Lunatic asylums Bombay report 1891-1903 - 1891-1903
Year: 1891
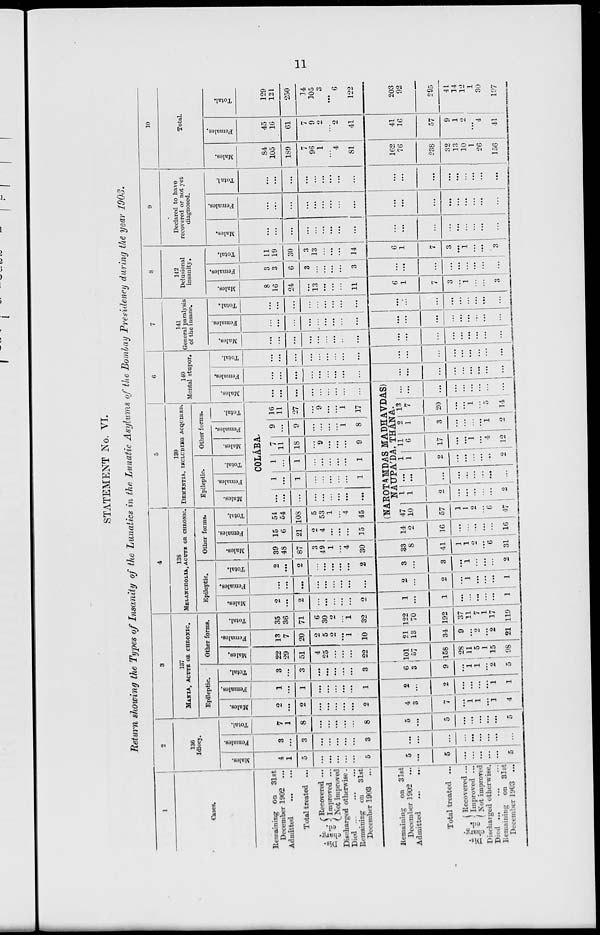
11
STATEMENT No. VI.
Return showing the Types of Insanity of the Lunatics in the Lunatic Asylums of the Bombay Presidency during the year 1903.
1
Cases.
Remaining on 31st
December 1902 ...
Admitted
...
Total treated ...
Dis-
charg-
ed.
Recovered ...
Improved ...
Not improved
Discharged otherwise.
Died
...
...
...
Remaining on 31st
December 1903 ...
Remaining on 31st
December 1902 ...
Admitted
...
...
Total treated ...
Dis-
charg-
ed.
Recovered ...
Improved ...
Not improved
Discharged otherwise.
Died ... ... ...
Remaning on 31st
December 1903 ...
2
136
Idiocy.
Males.
4
1
5
...
...
...
...
...
5
5
...
5
...
...
...
...
...
5
Females.
3
...
3
...
...
...
...
...
3
...
...
...
...
...
...
...
...
Total.
7
1
8
...
...
...
...
...
8
5
...
5
...
...
...
...
...
5
3
137
MANIA, ACUTE OR CHRONIC.
Epileptic.
Males.
2
...
2
...
...
...
...
...
2
4
3
7
...
1 1
...
1
4
Females.
1
...
1
...
...
...
...
...
1
2
...
2
...
...
...
...
1
1
Total.
3
...
3
...
...
...
...
...
3
6
3
9
...
1
1
...
2
5
Other forms.
Males.
22
29
51
4
25
...
...
...
22
101
57
158
28
11
5
1
15
98
Females.
13
7
20
2
5
2
...
1
10
21
13
34
9
...
2
...
2
21
Total.
35
36
71
6
30
2
...
1
32
122
70
192
37
11
7
1
17
119
4
138
MELANCHOLIA, ACUTE OR CHRONIC.
Epileptic.
Males.
2
...
2
...
...
...
...
...
2
1
...
1
...
...
...
...
...
1
Females.
...
...
...
...
...
...
...
...
...
2
...
2
...
1
...
...
...
1
Total.
2
...
2
...
...
...
...
...
2
3
...
3
...
1
...
...
...
2
Other forms.
Males.
39
48
87
3
49
1
...
4
30
33
8
41
1
1
2
...
6
31
Females.
15
6
21
2
4
...
...
...
15
14
2
16
...
...
...
...
...
16
Total.
54
54
108
5
53
1
...
4
45
5
139
DEMENTIA, INCLUDING ACQUIRED.
Epileptic.
Males.
Females.
Total.
Other forms.
Males.
Females.
Total.
COLÁBA.
...
...
...
...
...
...
...
...
...
1
...
1
...
...
...
...
...
1
1
...
1
...
...
...
...
...
1
7
11
18
...
9
...
...
...
9
9
...
9
...
...
...
...
1
8
16
11
27
...
9
...
...
1
17
6
140
Mental stupor.
Males.
...
...
...
...
...
...
...
...
...
(NAROTAMDAS MADHAVDAS)
NAUPA'DA, THÁNA.
47
10
57
1
1
2
...
6
47
1
1
2
...
...
...
...
...
2
...
...
...
...
...
...
...
...
...
1
1
2
...
...
...
...
..
2
11
6
17
...
...
1
...
4
12
2
1
3
...
...
...
...
1
2
13
7
20
...
...
1
...
5
14
...
...
...
...
...
...
...
...
...
Females.
...
...
...
...
...
...
...
...
...
...
...
...
...
...
...
...
...
...
Total.
...
...
...
...
...
...
...
...
...
...
...
...
...
...
...
...
...
...
7
141
General paralysis
of the insane.
Males.
...
...
...
...
...
...
...
...
...
...
...
...
...
...
...
...
...
...
Females.
...
...
...
...
...
...
...
...
...
...
...
...
...
...
...
...
...
...
Total.
...
...
...
...
...
...
...
...
...
...
...
...
...
...
...
...
...
...
8
142
Delusional
insanity.
Males.
8
16
24
...
13
...
...
...
11
6
1
7
3
...
1
...
...
3
Females.
3
3
6
3
...
...
...
...
3
...
...
...
...
...
...
...
...
...
Total.
11
19
30
3
13
...
...
...
14
6
1
7
3
...
1
...
...
3
9
Declared to have
recovered or not yet
diagnosed.
Males.
...
...
...
...
...
...
...
...
...
...
...
...
...
...
...
...
...
...
Females.
...
...
...
...
...
...
...
...
...
...
...
...
...
...
...
...
...
...
Total.
...
...
...
...
...
...
...
...
...
...
...
...
...
...
...
...
...
...
10
Total.
Males.
84
105
189
7
96
1
...
4
81
162
76
238
32
13
10
1
26
156
Females.
45
16
61
7
9
2
...
2
41
41
16
57
9
1
2
...
4
41
Total.
129
121
250
14
105
3
...
6
122
203
92
295
41
14
12
1
30
197